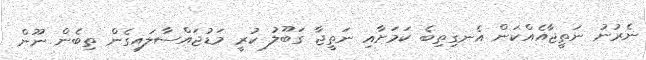
ނެރުނު ނަތީޖާއެއްކަން އެނގިތިބެ ކަމަށާއި ނަތީޖާ ގަބޫލު ކުރީ މަޑުޖައްސާލައިގެން ތިބެން ނޫން